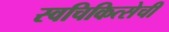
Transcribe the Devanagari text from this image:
स्वचिकित्सेची